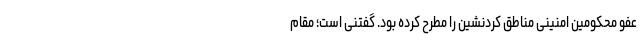
عفو محکومین امنینی مناطق کُردنشین را مطرح کرده بود. گفتنی است؛ مقام